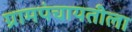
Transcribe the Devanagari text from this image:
ग्रामपंचायतीला